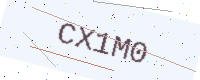
Text: CX1M0